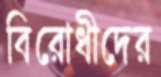
বিরোধীদের